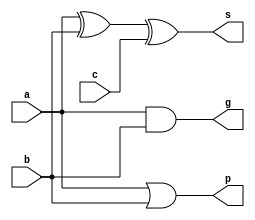
module add1 (a,b,c,p,g,s);
	input a,b,c;
	output g,p,s;
	assign s = a ^ b ^ c;
	assign g = a & b;
	assign p = a | b;
endmodule